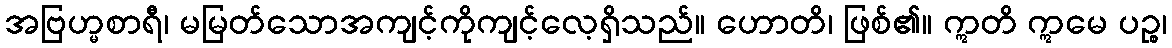
အဗြဟ္မစာရီ၊ မမြတ်သောအကျင့်ကိုကျင့်လေ့ရှိသည်။ ဟောတိ၊ ဖြစ်၏။ ဣတိ ဣမေ ပဉ္စ၊